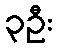
၃ဦး